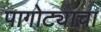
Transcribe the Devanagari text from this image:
पागोट्याचा